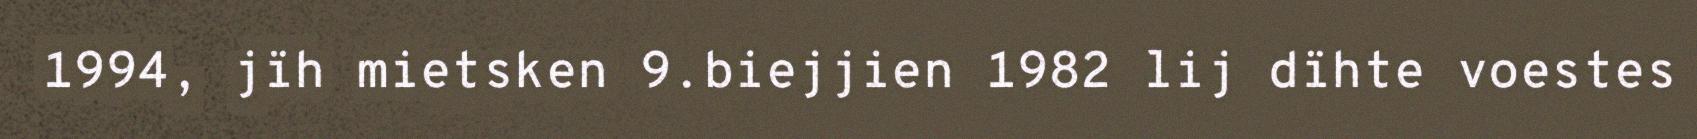
1994, jïh mietsken 9.biejjien 1982 lij dïhte voestes